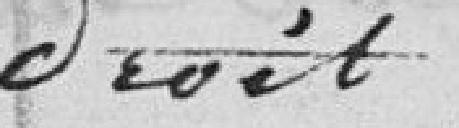
droit.